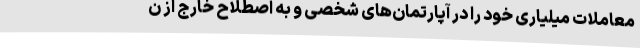
معاملات میلیاری خود را در آپارتمان‌های شخصی و به اصطلاح خارج از ن